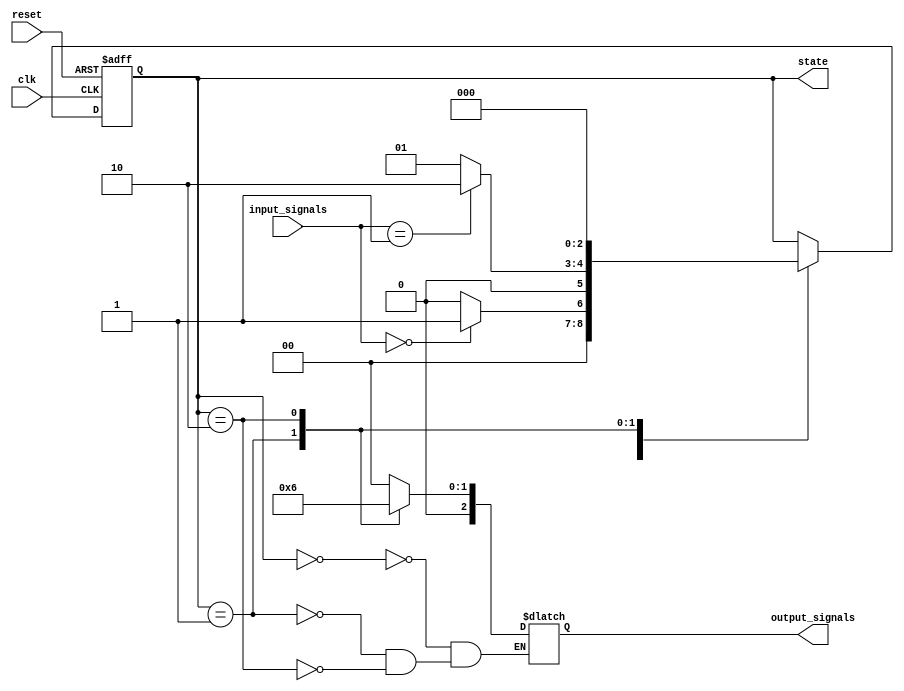
module FSM (
    input wire clk,        // Clock signal
    input wire reset,      // Reset signal
    input wire [1:0] input_signals,    // Input signals
    output reg [2:0] state,    // State register
    output wire [2:0] output_signals    // Output signals
);

// State definition
parameter S0 = 3'b000;
parameter S1 = 3'b001;
parameter S2 = 3'b010;

// State transition logic
always @ (posedge clk or posedge reset)
begin
    if (reset)
        state <= S0;
    else
    begin
        case (state)
            S0: if (input_signals == 2'b00)
                    state <= S1;
                 else
                    state <= S0;
            S1: if (input_signals == 2'b01)
                    state <= S2;
                 else
                    state <= S1;
            S2: state <= S0;
        endcase
    end
end

// Output generation logic
always @ (state)
begin
    case (state)
        S0: output_signals <= 3'b000;
        S1: output_signals <= 3'b001;
        S2: output_signals <= 3'b010;
    endcase
end

initial
begin
    state <= S0;    // Initialize state register
end

endmodule